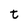
Character: t